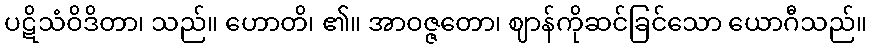
ပဋိသံဝိဒိတာ၊ သည်။ ဟောတိ၊ ၏။ အာဝဇ္ဇတော၊ ဈာန်ကိုဆင်ခြင်သော ယောဂီသည်။